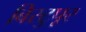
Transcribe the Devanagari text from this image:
बिस्टुपूर